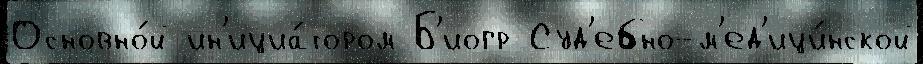
Основно́й ин'ициа́тором Б'иогр Суд'ебно-м'ед'ици́нской